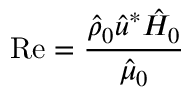
\mathrm { R e } = \frac { \hat { \rho } _ { 0 } \hat { u } ^ { * } \hat { H } _ { 0 } } { \hat { \mu } _ { 0 } }